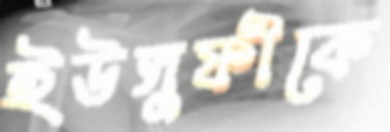
ইউসুফীকে